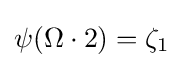
\psi (\Omega \cdot 2)=\zeta _{1}